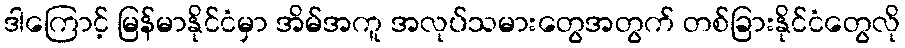
ဒါကြောင့် မြန်မာနိုင်ငံမှာ အိမ်အကူ အလုပ်သမားတွေအတွက် တစ်ခြားနိုင်ငံတွေလို